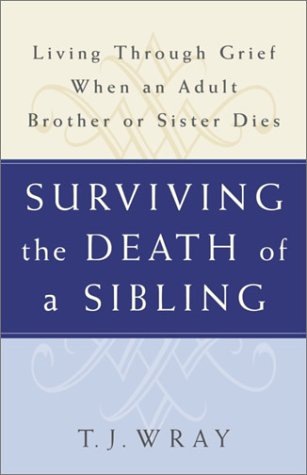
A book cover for SURVIVING THE DEATH OF A SIBLING:  Living Through Grief When an Adult Brother or Sister Dies; T.J. Wray; Self-Help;